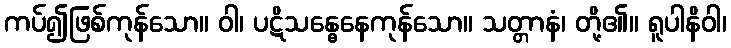
ကပ်၍ဖြစ်ကုန်သော။ ဝါ၊ ပဋိသန္ဓေနေကုန်သော။ သတ္တာနံ၊ တို့၏။ ရူပါနိဝါ၊